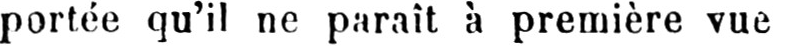
portée qu’il ne paraît à première vue